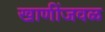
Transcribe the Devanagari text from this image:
खाणींजवळ